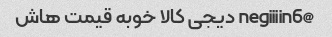
@negiiiin6 دیجی کالا خوبه قیمت هاش